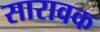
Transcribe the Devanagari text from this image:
सारावक